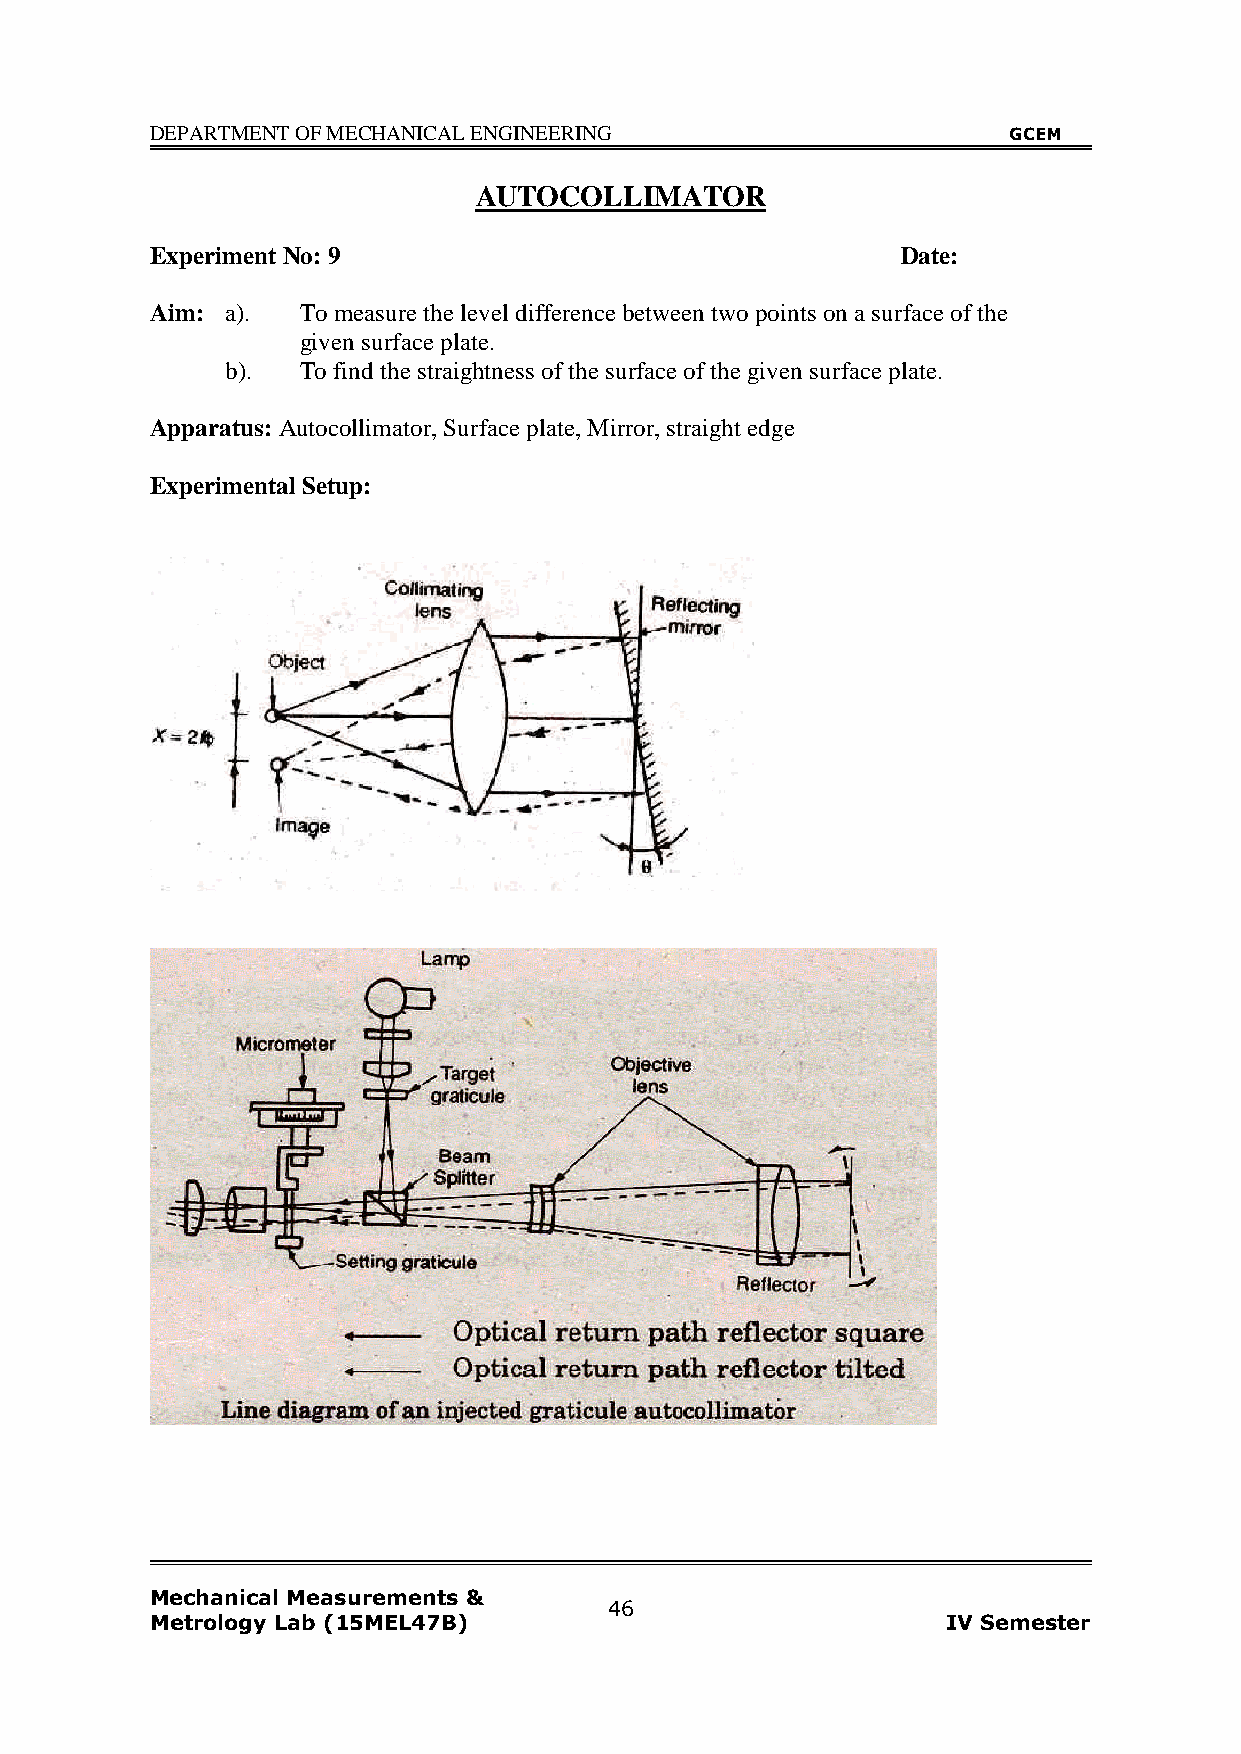
DEPARTMENT OF MECHANICAL ENGINEERING                     GCEM
 AUTOCOLLIMATOR
 Experiment No: 9                                  Date:
 Aim: a).  To measure the level difference between two points on a surface of the
 given surface plate.
 b).  To find the straightness of the surface of the given surface plate.
 Apparatus: Autocollimator, Surface plate, Mirror, straight edge
 Experimental Setup:
 Mechanical Measurements &
 46
 Metrology Lab (15MEL47B)                             IV Semester